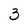
Character: 3